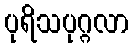
ပုရိသပုဂ္ဂလာ